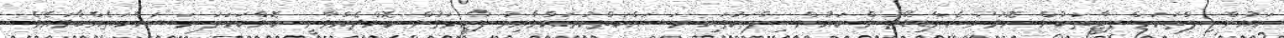
ކައުންސިލްތަކަށް ޕާޓީތަކުން ހޮވުނު ކެންޑިޑޭޓުން ކައުންސިލްތަކުގައި މަސައްކަތްކުރައްވާއިރު ޕާޓީމަގުން ކޮށްދެއްވާނީ ކޮންކަހަލަ މަސައްކަތެއްބާވައެވެ